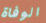
الوفاة